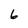
Character: 6